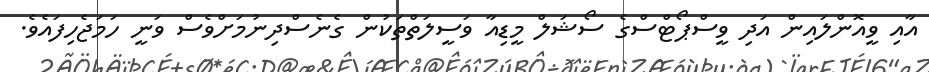
އާއި ވީއޮންލައިން އަދި ވީސްޕޯޓްސްގެ ސޯޝަލް މީޑިއާ ވަސީލަތްތަކުން ގެނެސްދިނުމަށްވެސް ވަނީ ހަމަޖެހިފައެވެ.